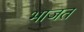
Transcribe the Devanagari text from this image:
भाजत